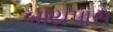
બાયપાસ